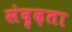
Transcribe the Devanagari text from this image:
संदृढ़ता